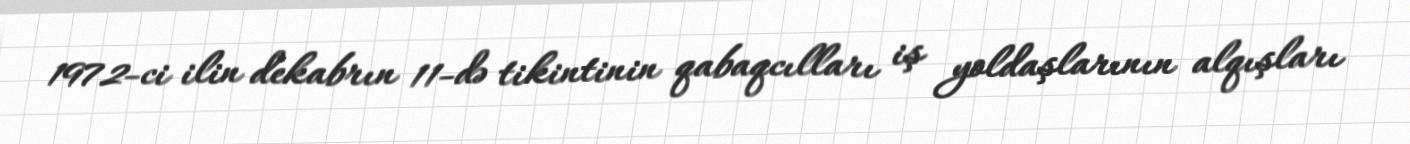
1972-ci ilin dekabrın 11-də tikintinin qabaqcılları iş yoldaşlarının alqışları